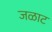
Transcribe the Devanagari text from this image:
जळाट